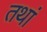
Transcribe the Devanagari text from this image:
तथां